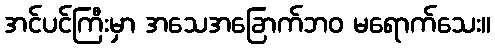
အင်ပင်ကြီးမှာ အသေအခြောက်ဘဝ မရောက်သေး။